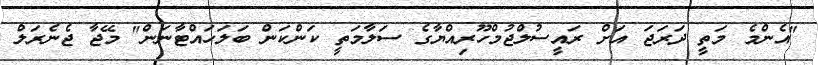
"އެންމެ މަތީ ދަރަޖަ އަށް ރައީސުލްޖުމްހޫރިއްޔާގެ ސަލާމަތީ ކަންކަން ބަލަހައްޓާނަން" މޭޖާ ޖެނެރަލް